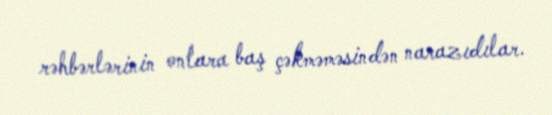
rəhbərlərinin onlara baş çəkməməsindən narazıdılar.